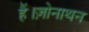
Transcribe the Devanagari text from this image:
हैं।ज़ोनाथन